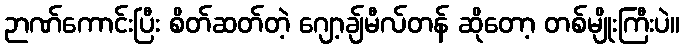
ဉာဏ်ကောင်းပြီး စိတ်ဆတ်တဲ့ ဂျော့ချ်မီလ်တန် ဆိုတော့ တစ်မျိုးကြီးပဲ။